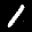
Label: 1